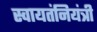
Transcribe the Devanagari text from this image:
स्वायतंनियंत्री